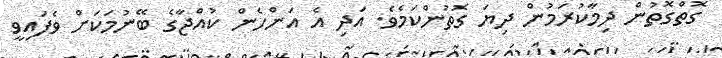
ގޮތްގޮތުން ދިމާކުރަމުން ދިޔަ ގޮތުންކަމެވެ. އަދި އެ އަންހެން ކުއްޖާގެ ބޭނުމަކަށް ވެފައިވީ